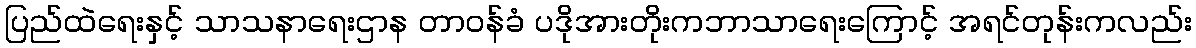
ပြည်ထဲရေးနှင့် သာသနာရေးဌာန တာဝန်ခံ ပဒိုအားတိုးကဘာသာရေးကြောင့် အရင်တုန်းကလည်း